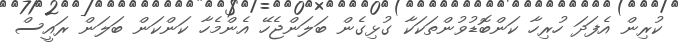
ކުރިން އެފަދަ ހުރިހާ ކަންބޮޑުވުންތަކަކާ ގުޅިގެން ބަލަންޖެހޭ އެންމެހާ ކަންކަން ބަލަން ރައީސް